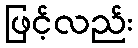
ဖြင့်လည်း